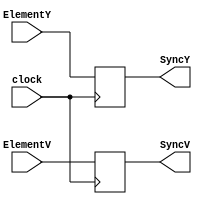
module sync (clock, ElementY, ElementV, SyncY, SyncV);

input         clock;
input  [48:0] ElementY;
input  [47:0] ElementV;

output [48:0] SyncY;
output [47:0] SyncV;

reg    [48:0] SyncY;
reg    [47:0] SyncV;

always@(posedge clock)
begin
	SyncY <= ElementY;
	SyncV <= ElementV;
end

endmodule